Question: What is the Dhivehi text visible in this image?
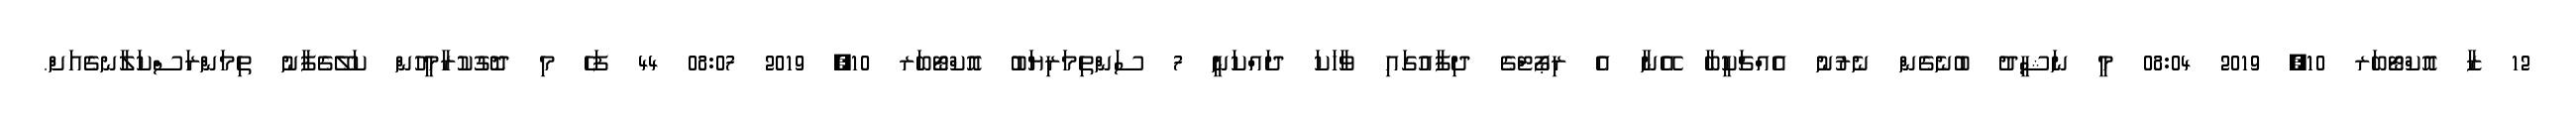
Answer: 12 ޒާ އޮކްޓޯބަރ 10, 2019 08:04 މީ ނަޝީދު ބުނެގެން ނެރުނު އެއްޗަކީބާ އޭނާ އެ ރިޕޯޓްގެ ދިފާއުގައި ވާހަކަ ދައްކަނީ 7 ސަންތިމަރިޔަބު އޮކްޓޯބަރ 10, 2019 08:07 44 ފަހެ މި ދޮގުކުރާމީހުން ކަލޭގެފާނު ތިމަންރަސްކަލާނގެއަށް.